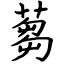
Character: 蒭